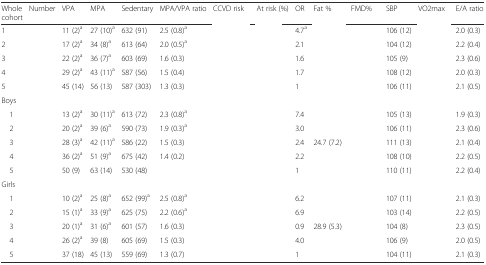
<table><thead><tr><td><b>Whole cohort</b></td><td><b>Number</b></td><td><b>VPA</b></td><td><b>MPA</b></td><td><b>Sedentary</b></td><td><b>MPA/VPA ratio</b></td><td><b>CCVD risk</b></td><td><b>At risk (%)</b></td><td><b>OR</b></td><td><b>Fat %</b></td><td><b>FMD%</b></td><td><b>SBP</b></td><td><b>VO2max</b></td><td><b>E/A ratio</b></td></tr></thead><tbody><tr><td>1</td><td>[EMPTY_CELL]</td><td>11 (2)<sup>a</sup></td><td>27 (10)<sup>a</sup></td><td>632 (91)</td><td>2.5 (0.8)<sup>a</sup></td><td>[EMPTY_CELL]</td><td>[EMPTY_CELL]</td><td>4.7<sup>a</sup></td><td>[EMPTY_CELL]</td><td>[EMPTY_CELL]</td><td>106 (12)</td><td>[EMPTY_CELL]</td><td>2.0 (0.3)</td></tr><tr><td>2</td><td>[EMPTY_CELL]</td><td>17 (2)<sup>a</sup></td><td>34 (8)<sup>a</sup></td><td>613 (64)</td><td>2.0 (0.5)<sup>a</sup></td><td>[EMPTY_CELL]</td><td>[EMPTY_CELL]</td><td>2.1</td><td>[EMPTY_CELL]</td><td>[EMPTY_CELL]</td><td>104 (12)</td><td>[EMPTY_CELL]</td><td>2.2 (0.4)</td></tr><tr><td>3</td><td>[EMPTY_CELL]</td><td>22 (2)<sup>a</sup></td><td>36 (7)<sup>a</sup></td><td>603 (69)</td><td>1.6 (0.3)</td><td>[EMPTY_CELL]</td><td>[EMPTY_CELL]</td><td>1.6</td><td>[EMPTY_CELL]</td><td>[EMPTY_CELL]</td><td>105 (9)</td><td>[EMPTY_CELL]</td><td>2.3 (0.6)</td></tr><tr><td>4</td><td>[EMPTY_CELL]</td><td>29 (2)<sup>a</sup></td><td>43 (11)<sup>a</sup></td><td>587 (56)</td><td>1.5 (0.4)</td><td>[EMPTY_CELL]</td><td>[EMPTY_CELL]</td><td>1.7</td><td>[EMPTY_CELL]</td><td>[EMPTY_CELL]</td><td>108 (12)</td><td>[EMPTY_CELL]</td><td>2.0 (0.3)</td></tr><tr><td>5</td><td>[EMPTY_CELL]</td><td>45 (14)</td><td>56 (13)</td><td>587 (303)</td><td>1.3 (0.3)</td><td>[EMPTY_CELL]</td><td>[EMPTY_CELL]</td><td>1</td><td>[EMPTY_CELL]</td><td>[EMPTY_CELL]</td><td>106 (11)</td><td>[EMPTY_CELL]</td><td>2.1 (0.5)</td></tr><tr><td>Boys</td><td>[EMPTY_CELL]</td><td>[EMPTY_CELL]</td><td>[EMPTY_CELL]</td><td>[EMPTY_CELL]</td><td>[EMPTY_CELL]</td><td>[EMPTY_CELL]</td><td>[EMPTY_CELL]</td><td>[EMPTY_CELL]</td><td>[EMPTY_CELL]</td><td>[EMPTY_CELL]</td><td>[EMPTY_CELL]</td><td>[EMPTY_CELL]</td><td>[EMPTY_CELL]</td></tr><tr><td> 1</td><td>[EMPTY_CELL]</td><td>13 (2)<sup>a</sup></td><td>30 (11)<sup>a</sup></td><td>613 (72)</td><td>2.3 (0.8)<sup>a</sup></td><td>[EMPTY_CELL]</td><td>[EMPTY_CELL]</td><td>7.4</td><td>[EMPTY_CELL]</td><td>[EMPTY_CELL]</td><td>105 (13)</td><td>[EMPTY_CELL]</td><td>1.9 (0.3)</td></tr><tr><td> 2</td><td>[EMPTY_CELL]</td><td>20 (2)<sup>a</sup></td><td>39 (6)<sup>a</sup></td><td>590 (73)</td><td>1.9 (0.3)<sup>a</sup></td><td>[EMPTY_CELL]</td><td>[EMPTY_CELL]</td><td>3.0</td><td>[EMPTY_CELL]</td><td>[EMPTY_CELL]</td><td>106 (11)</td><td>[EMPTY_CELL]</td><td>2.3 (0.6)</td></tr><tr><td> 3</td><td>[EMPTY_CELL]</td><td>28 (3)<sup>a</sup></td><td>42 (11)<sup>a</sup></td><td>586 (22)</td><td>1.5 (0.3)</td><td>[EMPTY_CELL]</td><td>[EMPTY_CELL]</td><td>2.4</td><td>24.7 (7.2)</td><td>[EMPTY_CELL]</td><td>111 (13)</td><td>[EMPTY_CELL]</td><td>2.1 (0.4)</td></tr><tr><td> 4</td><td>[EMPTY_CELL]</td><td>36 (2)<sup>a</sup></td><td>51 (9)<sup>a</sup></td><td>675 (42)</td><td>1.4 (0.2)</td><td>[EMPTY_CELL]</td><td>[EMPTY_CELL]</td><td>2.2</td><td>[EMPTY_CELL]</td><td>[EMPTY_CELL]</td><td>108 (10)</td><td>[EMPTY_CELL]</td><td>2.2 (0.5)</td></tr><tr><td> 5</td><td>[EMPTY_CELL]</td><td>50 (9)</td><td>63 (14)</td><td>530 (48)</td><td>[EMPTY_CELL]</td><td>[EMPTY_CELL]</td><td>[EMPTY_CELL]</td><td>1</td><td>[EMPTY_CELL]</td><td>[EMPTY_CELL]</td><td>110 (11)</td><td>[EMPTY_CELL]</td><td>2.2 (0.4)</td></tr><tr><td>Girls</td><td>[EMPTY_CELL]</td><td>[EMPTY_CELL]</td><td>[EMPTY_CELL]</td><td>[EMPTY_CELL]</td><td>[EMPTY_CELL]</td><td>[EMPTY_CELL]</td><td>[EMPTY_CELL]</td><td>[EMPTY_CELL]</td><td>[EMPTY_CELL]</td><td>[EMPTY_CELL]</td><td>[EMPTY_CELL]</td><td>[EMPTY_CELL]</td><td>[EMPTY_CELL]</td></tr><tr><td> 1</td><td>[EMPTY_CELL]</td><td>10 (2)<sup>a</sup></td><td>25 (8)<sup>a</sup></td><td>652 (99)<sup>a</sup></td><td>2.5 (0.8)<sup>a</sup></td><td>[EMPTY_CELL]</td><td>[EMPTY_CELL]</td><td>6.2</td><td>[EMPTY_CELL]</td><td>[EMPTY_CELL]</td><td>107 (11)</td><td>[EMPTY_CELL]</td><td>2.1 (0.3)</td></tr><tr><td> 2</td><td>[EMPTY_CELL]</td><td>15 (1)<sup>a</sup></td><td>33 (9)<sup>a</sup></td><td>625 (75)</td><td>2.2 (0.6)<sup>a</sup></td><td>[EMPTY_CELL]</td><td>[EMPTY_CELL]</td><td>6.9</td><td>[EMPTY_CELL]</td><td>[EMPTY_CELL]</td><td>103 (14)</td><td>[EMPTY_CELL]</td><td>2.2 (0.5)</td></tr><tr><td> 3</td><td>[EMPTY_CELL]</td><td>20 (1)<sup>a</sup></td><td>31 (6)<sup>a</sup></td><td>601 (57)</td><td>1.6 (0.3)</td><td>[EMPTY_CELL]</td><td>[EMPTY_CELL]</td><td>0.9</td><td>28.9 (5.3)</td><td>[EMPTY_CELL]</td><td>104 (8)</td><td>[EMPTY_CELL]</td><td>2.3 (0.5)</td></tr><tr><td> 4</td><td>[EMPTY_CELL]</td><td>26 (2)<sup>a</sup></td><td>39 (8)</td><td>605 (69)</td><td>1.5 (0.3)</td><td>[EMPTY_CELL]</td><td>[EMPTY_CELL]</td><td>4.0</td><td>[EMPTY_CELL]</td><td>[EMPTY_CELL]</td><td>106 (9)</td><td>[EMPTY_CELL]</td><td>2.0 (0.5)</td></tr><tr><td> 5</td><td>[EMPTY_CELL]</td><td>37 (18)</td><td>45 (13)</td><td>559 (69)</td><td>1.3 (0.7)</td><td>[EMPTY_CELL]</td><td>[EMPTY_CELL]</td><td>1</td><td>[EMPTY_CELL]</td><td>[EMPTY_CELL]</td><td>104 (11)</td><td>[EMPTY_CELL]</td><td>2.1 (0.3)</td></tr></tbody></table>